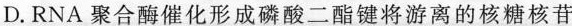
D.RNA 聚合酶催化形成磷酸二酯键将游离的核糖核苷